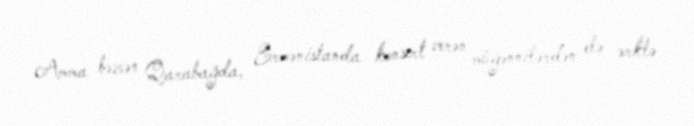
Amma bəzən Qarabağda, Ermənistanda konsert verən müğənnilərdən elə ərklə